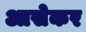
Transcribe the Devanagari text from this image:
आसेकर